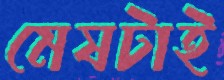
মেষটাই